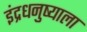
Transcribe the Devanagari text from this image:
इंद्रधनुष्याला